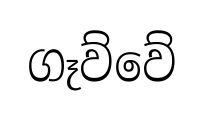
ගෑව්වේ